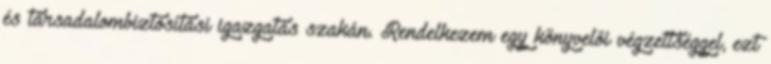
és társadalombiztosítási igazgatás szakán. Rendelkezem egy könyvelői végzettséggel, ezt